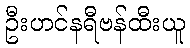
ဦးဟင်နရီဗန်ထီးယူ